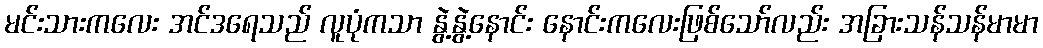
မင်းသားကလေး အင်ဒရေသည် လူပုံကသာ နွဲ့နွဲ့နောင်း နောင်းကလေးဖြစ်သော်လည်း အခြားသန်သန်မာမာ